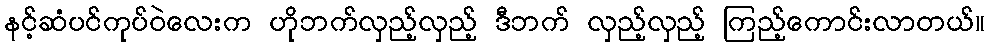
နင့်ဆံပင်ကုပ်ဝဲလေးက ဟိုဘက်လှည့်လှည့် ဒီဘက် လှည့်လှည့် ကြည့်ကောင်းလာတယ်။